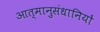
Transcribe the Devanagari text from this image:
आत्मानुसंधानियों